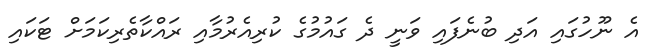
އެ ނޫހުގައި އަދި ބުނެފައި ވަނީ ދެ ގައުމުގެ ކުރިއެރުމާއި ރައްކާތެރިކަމަށް ޓަކައި